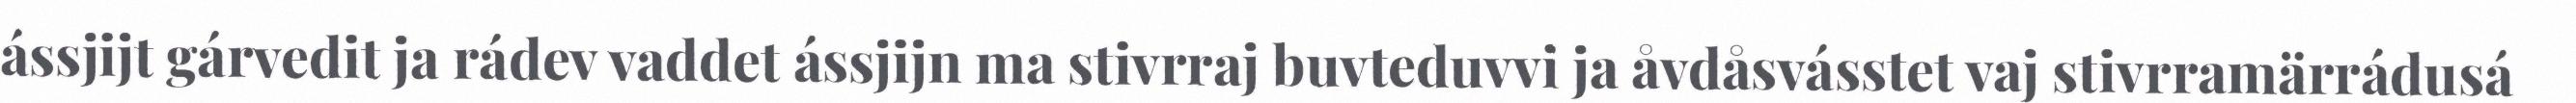
ássjijt gárvedit ja rádev vaddet ássjijn ma stivrraj buvteduvvi ja åvdåsvásstet vaj stivrramärrádusá